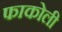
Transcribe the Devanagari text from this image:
फाकोली